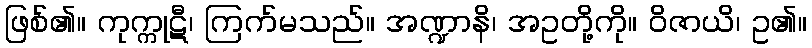
ဖြစ်၏။ ကုက္ကုဋီ၊ ကြက်မသည်။ အဏ္ဍာနိ၊ အဥတို့ကို။ ဝိဇာယိ၊ ဥ၏။